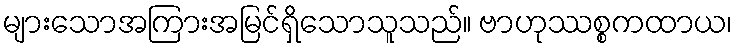
များသောအကြားအမြင်ရှိသောသူသည်။ ဗာဟုဿစ္စကထာယ၊